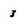
Character: 3